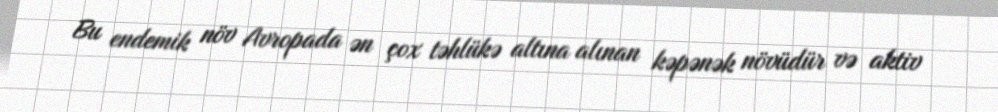
Bu endemik növ Avropada ən çox təhlükə altına alınan kəpənək növüdür və aktiv